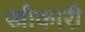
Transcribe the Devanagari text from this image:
स्त्रीकारी